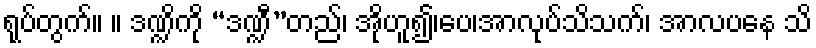
ရုပ်တွက်။ ။ ဒဏ္ဍိကို “ဒဏ္ဍီ”တည်၊ အိုဟူ၍၊ပေ၊အာလုပ်သိသက်၊ အာလပနေ သိ